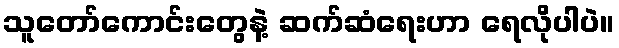
သူတော်ကောင်းတွေနဲ့ ဆက်ဆံရေးဟာ ရေလိုပါပဲ။